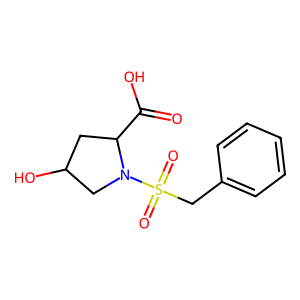
SMILES: O=C(O)C1CC(O)CN1S(=O)(=O)Cc1ccccc1
Inhibits HIV replication: No